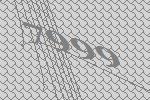
7999